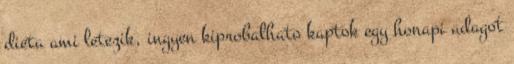
dieta ami letezik, ingyen kiprobalhato kaptok egy honapi adagot